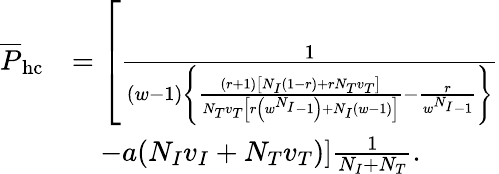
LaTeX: \begin{array}{rl}{\overline{{P}}_{\mathrm{hc}}}&{=\left[\frac{1}{(w-1)\left\{ \frac{(r+1)\left[N_{I}(1-r)+rN_{T}v_{T}\right]}{N_{T}v_{T}\left[r\left(w^{N_{I}}-1\right)+N_{I}(w-1)\right]}-\frac{r}{w^{N_{I}}-1}\right\} }\right.}\\ &{\quad\left.-a(N_{I}v_{I}+N_{T}v_{T})\right]\frac{1}{N_{I}+N_{T}}.}\end{array}